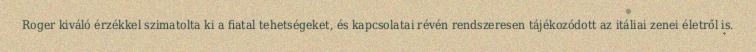
Roger kiváló érzékkel szimatolta ki a fiatal tehetségeket, és kapcsolatai révén rendszeresen tájékozódott az itáliai zenei életről is.